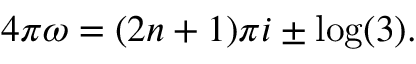
4 \pi \omega = ( 2 n + 1 ) \pi i \pm \log ( 3 ) .